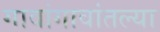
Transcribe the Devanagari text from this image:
गावांगावांतल्या